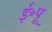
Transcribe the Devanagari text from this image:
ई॰पू